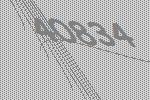
40834